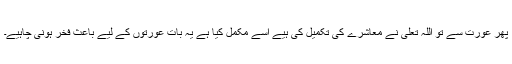
پھر عورت سے تو اللہ تعلیٰ نے معاشرے کی تکمیل کی ہیے اسے مکمل کیا ہے یہ بات عورتوں کے لیے باعث فخر ہونی چاہیے۔